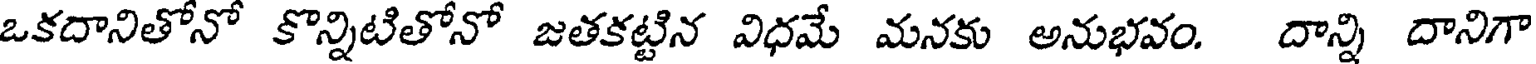
ఒకదానితోనో కొన్నిటితోనో జతకట్టిన విధమే మనకు అనుభవం. దాన్ని దానిగా